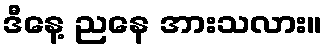
ဒီနေ့ ညနေ အားသလား။